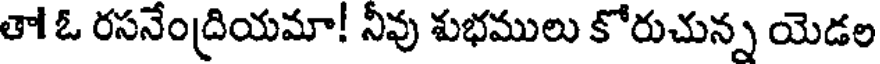
తా! ఓ రసనేంద్రియమా! నీవు శుభములు కోరుచున్న యెడల